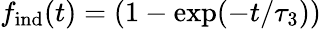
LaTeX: f_{\mathrm{ind}}(t)=(1-\exp(-t/\tau_{3}))